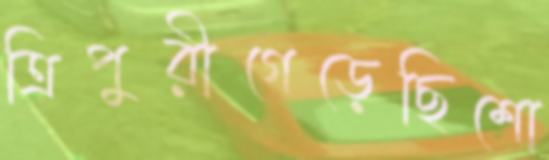
ত্রিপুরীগেড়েছিশো